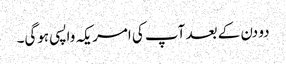
دو دن کے بعد آپ کی امریکہ واپسی ہوگی۔